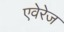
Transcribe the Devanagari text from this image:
एवेरेज